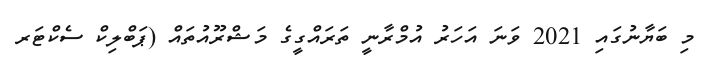
މި ބަޔާނުގައި 2021 ވަނަ އަހަރު އުމްރާނީ ތަރައްގީގެ މަޝްރޫއުތައް (ޕަބްލިކް ސެކްޓަރ